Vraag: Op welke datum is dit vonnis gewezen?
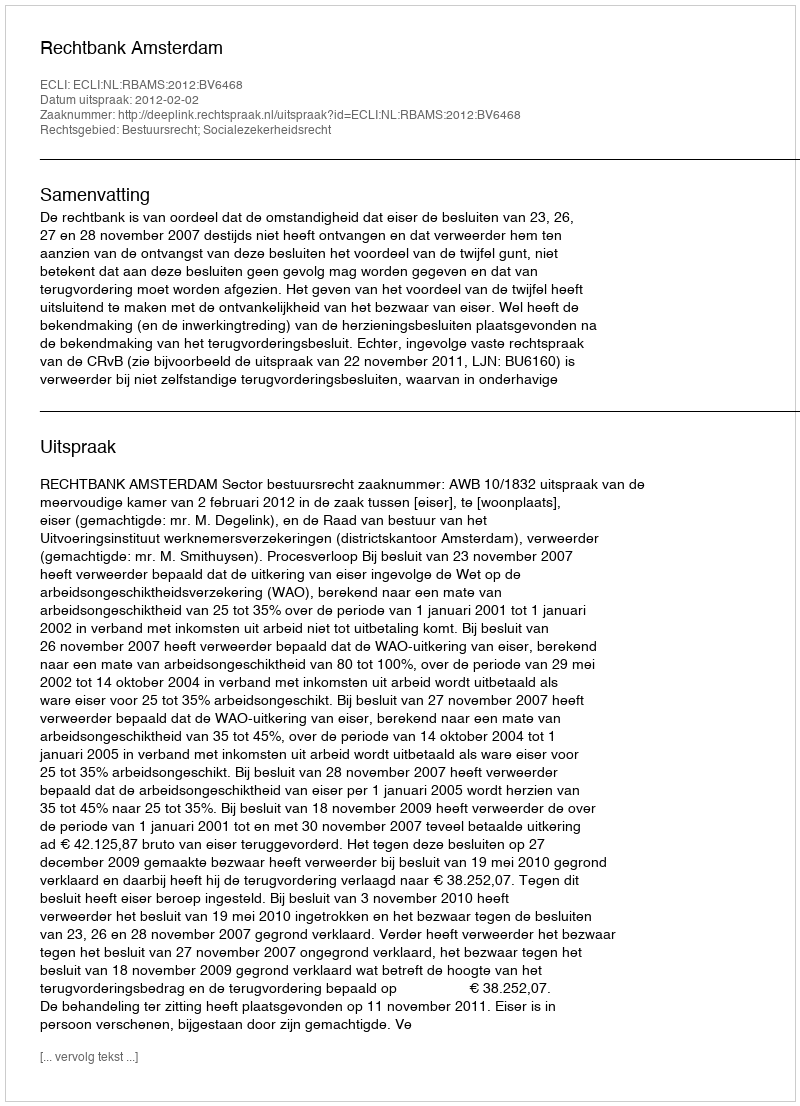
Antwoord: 2012-02-02